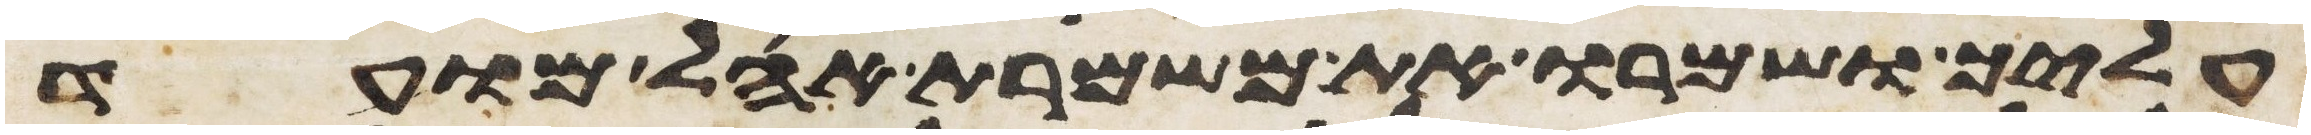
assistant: עליך ושמרו את משמרת אהל מועד